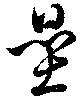
壘